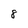
Character: 8